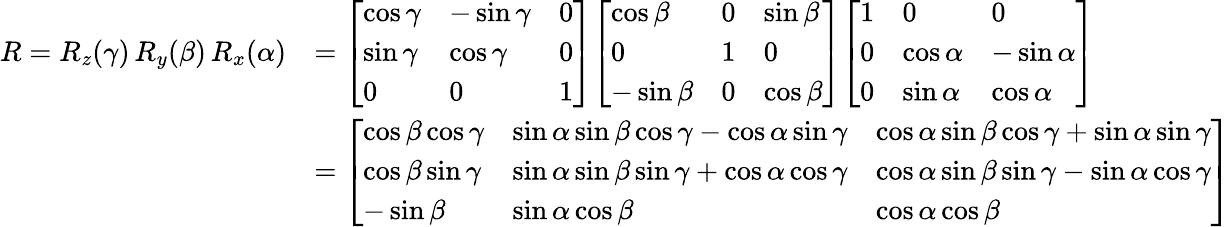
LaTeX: {\begin{array}{rl}{R=R_{z}(\gamma)\, R_{y}(\beta)\, R_{x}(\alpha)}&{={\left[\begin{array}{lll}{\cos\gamma}&{-\sin\gamma}&{0}\\ {\sin\gamma}&{\cos\gamma}&{0}\\ {0}&{0}&{1}\end{array}\right]}{\left[\begin{array}{lll}{\cos\beta}&{0}&{\sin\beta}\\ {0}&{1}&{0}\\ {-\sin\beta}&{0}&{\cos\beta}\end{array}\right]}{\left[\begin{array}{lll}{1}&{0}&{0}\\ {0}&{\cos\alpha}&{-\sin\alpha}\\ {0}&{\sin\alpha}&{\cos\alpha}\end{array}\right]}}\\ &{={\left[\begin{array}{lll}{\cos\beta\cos\gamma}&{\sin\alpha\sin\beta\cos\gamma-\cos\alpha\sin\gamma}&{\cos\alpha\sin\beta\cos\gamma+\sin\alpha\sin\gamma}\\ {\cos\beta\sin\gamma}&{\sin\alpha\sin\beta\sin\gamma+\cos\alpha\cos\gamma}&{\cos\alpha\sin\beta\sin\gamma-\sin\alpha\cos\gamma}\\ {-\sin\beta}&{\sin\alpha\cos\beta}&{\cos\alpha\cos\beta}\end{array}\right]}}\end{array}}